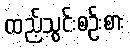
ထည့်သွင်းစဉ်းစား